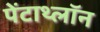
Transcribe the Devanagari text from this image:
पेंटाथ्लॉन